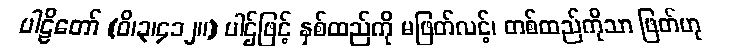
ပါဠိတော် (ဝိ၊၃၊၄၁၂။) ပါဌ်ဖြင့် နှစ်ထည်ကို မဖြတ်လင့်၊ တစ်ထည်ကိုသာ ဖြတ်ဟု